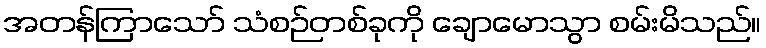
အတန်ကြာသော် သံစဉ်တစ်ခုကို ချောမောသွာ စမ်းမိသည်။